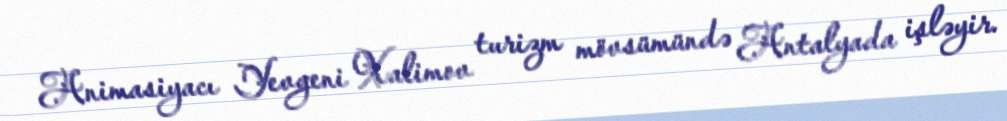
Animasiyacı Yevgeni Xalimov turizm mövsümündə Antalyada işləyir.